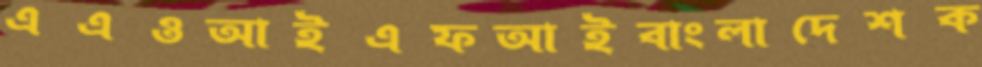
এএওআইএফআইবাংলাদেশক